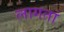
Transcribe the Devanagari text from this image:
लागतां